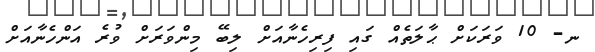
ނ- 10 ވަރަކަށް ޙާލަތެއް ގައި ފިރިހެނާއަށް ލިބޭ މިންވަރަށް ވުރެ އަންހެނާއަށް